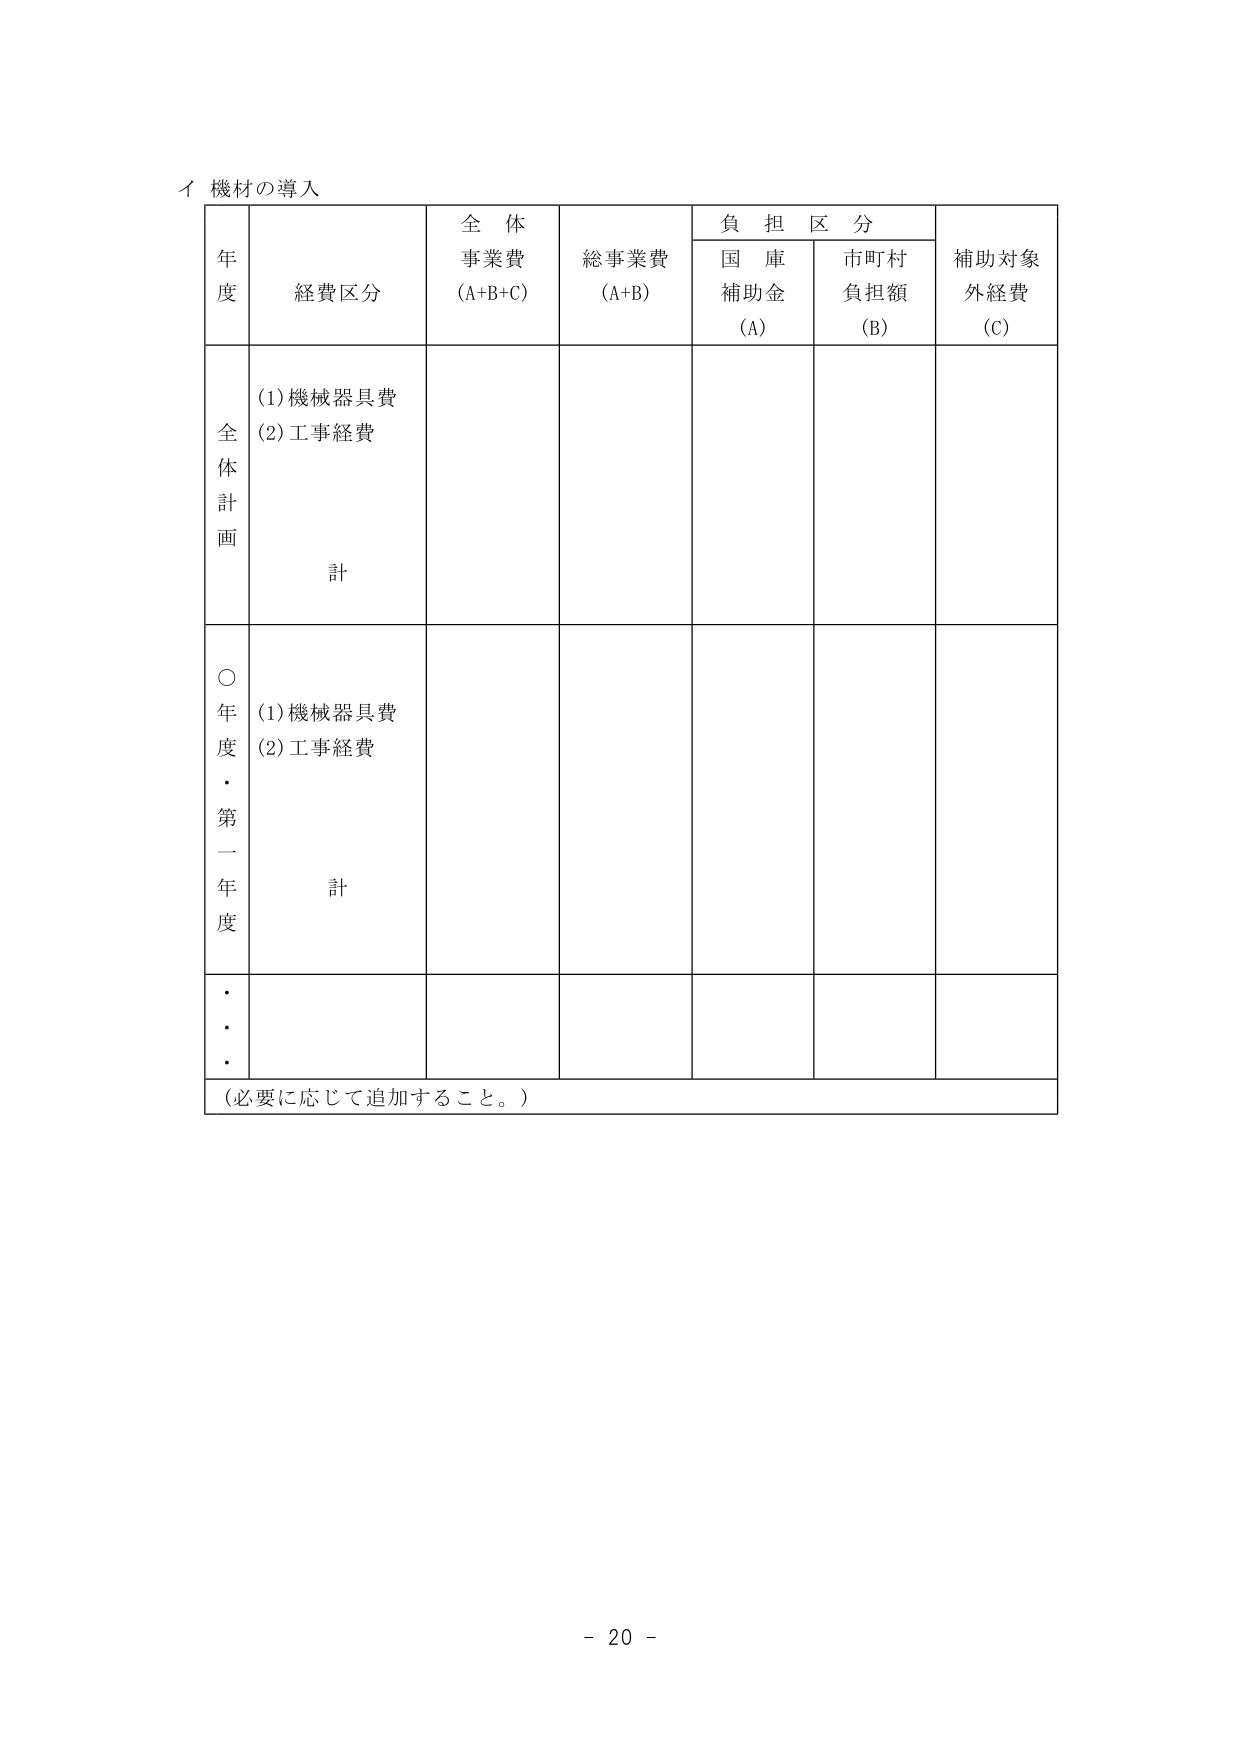
イ 機材の導入

年度 経費区分 全体事業費 (A+B+C) 総事業費 (A+B) 負担区分 補助対象外経費 (C)